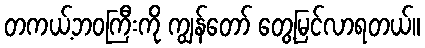
တကယ့်ဘဝကြီးကို ကျွန်တော် တွေ့မြင်လာရတယ်။